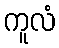
ကူလံ